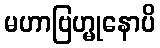
မဟာဗြဟ္မုနောပိ